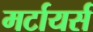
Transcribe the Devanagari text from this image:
मर्टायर्स